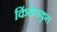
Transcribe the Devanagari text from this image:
किंकेडकृत